Report of the Indian Hemp Drugs Commission, 1894-1895 - Volume VIII
Year: 1894
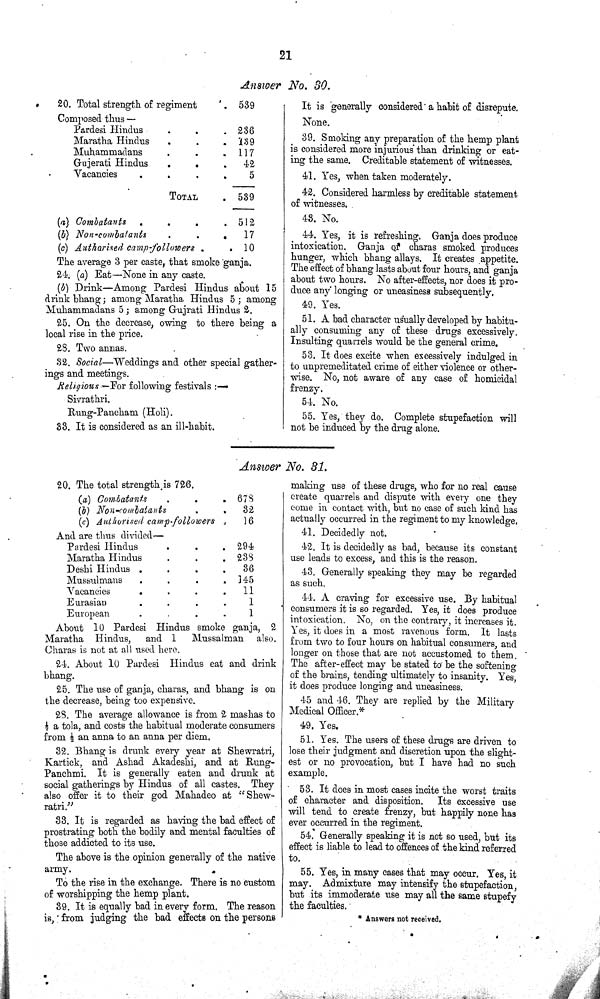
21
Answer No. 30.
20. Total strength of regiment
539
Composed thus —
Pardesi Hindus
236
Maratha Hindus
139
Muhammadans
117
Gujerati Hindus
42
Vacancies
5
TOTAL
539
(a) Combatants
512
(b) Non-combatants
17
(c) Authorised
camp-followers
10
The average 3 per caste, that smoke ganja.
24. (a) Eat—None in any caste.
(b) Drink—Among Pardesi Hindus about 15
drink bhang; among Maratha Hindus 5; among
Muhammadans 5; among Gujrati Hindus 2.
25. On the decrease, owing to there being a
local rise in the price.
28. Two annas.
32. Social—Weddings and other special gather-
ings and meetings.
Religions—For following festivals:—
Sivrathri.
Rung-Pancham (Holi).
33. It is considered as an ill-habit.
It is generally considered a habit of disrepute.
None.
39. Smoking any preparation of the hemp plant
is considered more injurious than drinking or eat-
ing the same. Creditable statement of witnesses.
41. Yes, when taken moderately.
42. Considered harmless by creditable statement
of witnesses.
43. No.
44. Yes, it is refreshing. Ganja does produce
intoxication. Ganja of charas smoked produces
hunger, which bhang allays. It creates appetite.
The effect of bhang lasts about four hours, and ganja
about two hours. No after-effects, nor does it pro-
duce any longing or uneasiness subsequently.
49. Yes.
51. A bad character usually developed by habitu-
ally consuming any of these drugs excessively.
Insulting quarrels would be the general crime.
53. It does excite when excessively indulged in
to unpremeditated crime of either violence or other-
wise. No, not aware of any case of homicidal
frenzy.
54. No.
55. Yes, they do. Complete stupefaction will
not be induced by the drug alone.
Answer No. 31.
20. The total strength is 726.
(a) Combatants
678
(b) Non-combatants
32
(c) Authorised camp-followers
16
And are thus divided—
Pardesi Hindus
294
Maratha Hindus
238
Deshi Hindus
36
Mussulmans
145
Vacancies
11
Eurasian
1
European
1
About 10 Pardesi Hindus smoke ganja, 2
Maratha Hindus, and 1 Mussalman also.
Charas is not at all used here.
24. About 10 Pardesi Hindus eat and drink
bhang.
25. The use of ganja, charas, and bhang is on
the decrease, being too expensive.
28. The average allowance is from 2 mashas to
1/2 a tola, and costs the habitual moderate consumers
from 1/2 an anna to an anna per diem.
32. Bhang is drunk every year at Shewratri,
Kartick, and Ashad Akadeshi, and at Rung-
Panchmi. It is generally eaten and drunk at
social gatherings by Hindus of all castes. They
also offer it to their god Mahadeo at "Shew-
ratri."
33. It is regarded as having the bad effect of
prostrating both the bodily and mental faculties of
those addicted to its use.
The above is the opinion generally of the native
army.
To the rise in the exchange. There is no custom
of worshipping the hemp plant.
39. It is equally bad in every form. The reason
is, from judging the bad effects on the persons
making use of these drugs, who for no real cause
create quarrels and dispute with every one they
come in contact with, but no case of such kind has
actually occurred in the regiment to my knowledge.
41. Decidedly not.
42. It is decidedly as bad, because its constant
use leads to excess, and this is the reason.
43. Generally speaking they may be regarded
as such.
44. A craving for excessive use. By habitual
consumers it is so regarded. Yes, it does produce
intoxication. No, on the contrary, it increases it.
Yes, it does in a most ravenous form. It lasts
from two to four hours on habitual consumers, and
longer on those that are not accustomed to them.
The after-effect may be stated to be the softening
of the brains, tending ultimately to insanity. Yes,
it does produce longing and uneasiness.
45 and 46. They are replied by the Military
Medical Officer.*
49. Yes.
51. Yes. The users of these drugs are driven to
lose their judgment and discretion upon the slight-
est or no provocation, but I have had no such
example.
53. It does in most cases incite the worst traits
of character and disposition. Its excessive use
will tend to create frenzy, but happily none has
ever occurred in the regiment.
54. Generally speaking it is not so used, but its
effect is liable to lead to offences of the kind referred
to.
55. Yes, in many cases that may occur. Yes, it
may. Admixture may intensify the stupefaction,
but its immoderate use may all the same stupefy
the faculties.
* Answers not received.